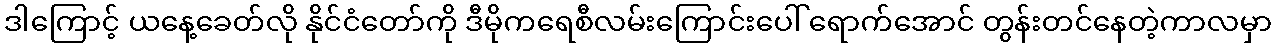
ဒါကြောင့် ယနေ့ခေတ်လို နိုင်ငံတော်ကို ဒီမိုကရေစီလမ်းကြောင်းပေါ် ရောက်အောင် တွန်းတင်နေတဲ့ကာလမှာ